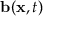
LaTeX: \mathbf { b } ( \mathbf { x } , t )